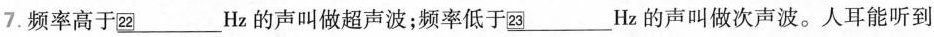
7.频率高于\underline{22}Hz的声叫做超声波；频率低于\underline{23}Hz的声叫做次声波。人耳能听到